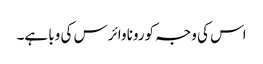
اس کی وجہ کورونا وائرس کی وبا ہے۔